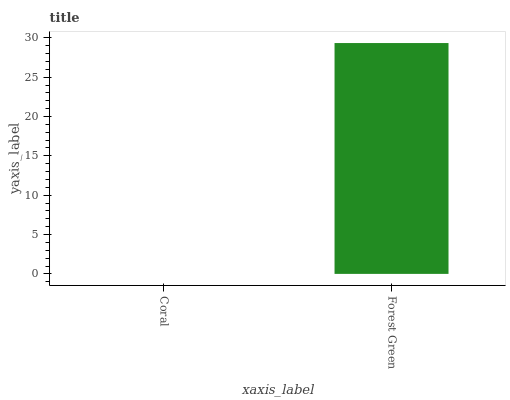
| xaxis_label | bars |
 | --- | --- |
 | Coral | 0 |
 | Forest Green | 29.3 |